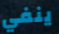
ينفي